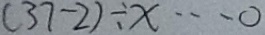
( 3 7 - 2 ) \div x \cdots 0